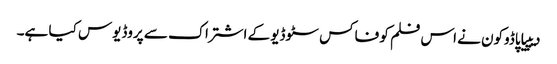
دیپیا پاڈوکون نے اس فلم کو فاکس سٹوڈیو کے اشتراک سے پروڈیوس کیا ہے۔